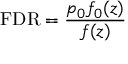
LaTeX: \mathrm { F D R } = { \frac { p _ { 0 } f _ { 0 } ( z ) } { f ( z ) } }